255_t_763_r1b_transcripts
Agency: NASA
Incident date: 12/5/65
Incident location: Low Earth Orbit
Page 4
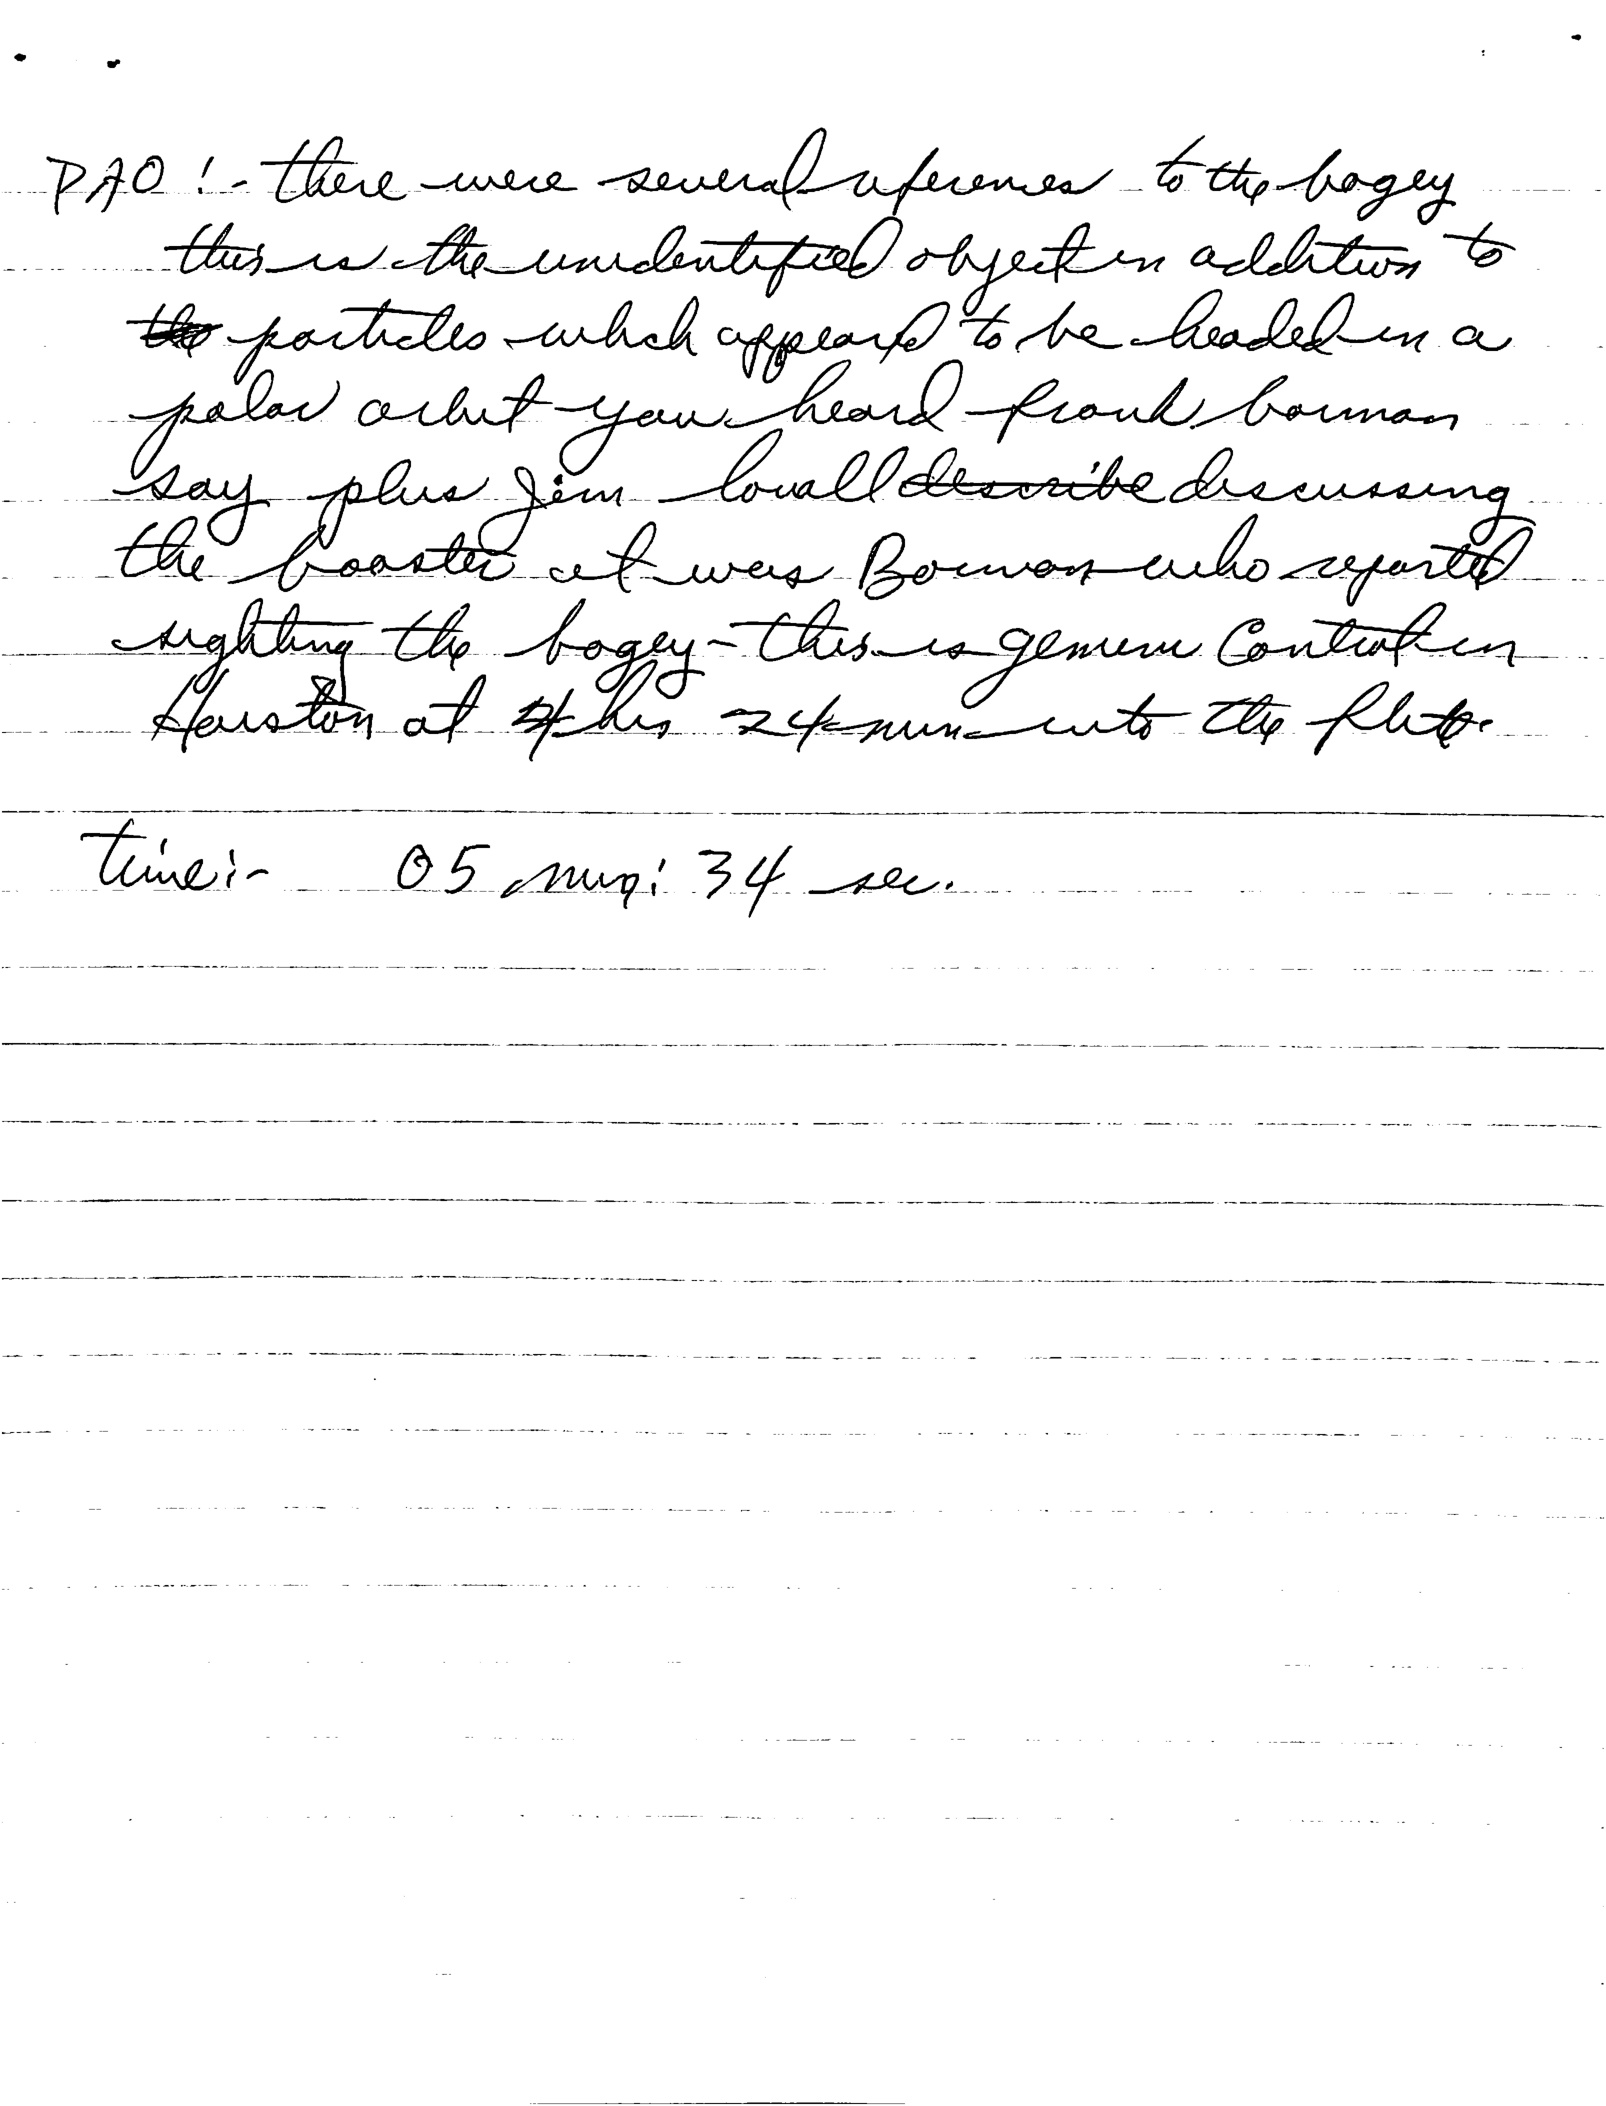